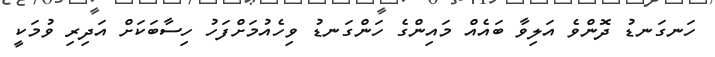
ހަނގަނޑު ދޮންވެ އަލިވާ ބައެއް މައިންގެ ހަންގަނޑު ވިހެއުމަށްފަހު ހިސާބަކަށް އަދިރި ވުމަކީ